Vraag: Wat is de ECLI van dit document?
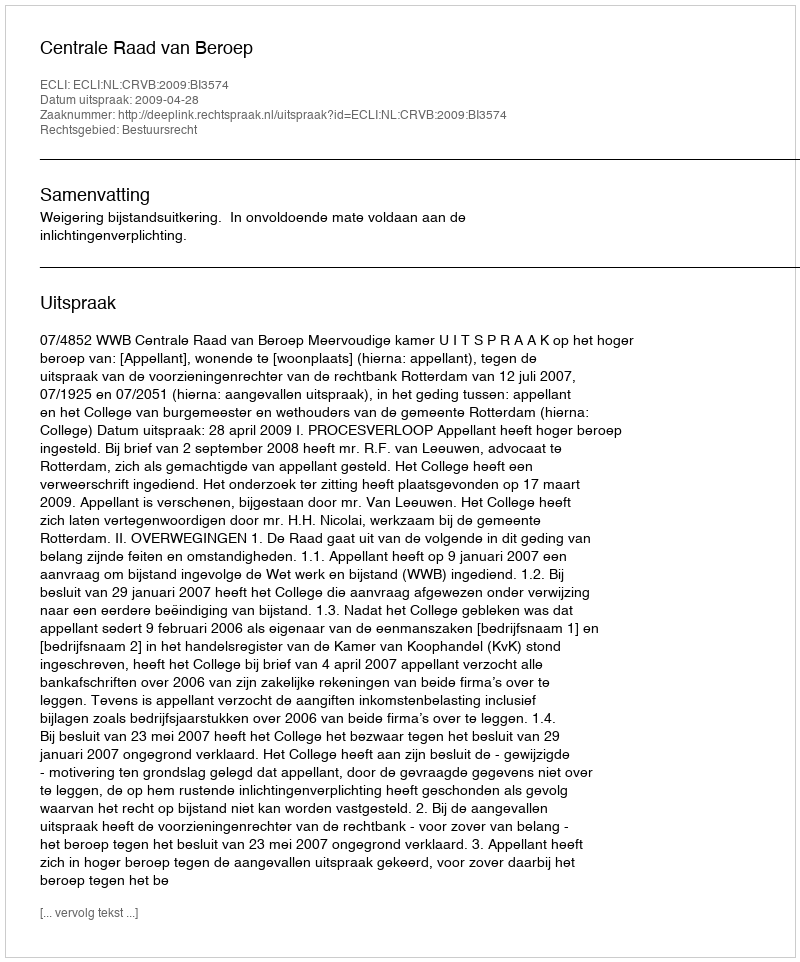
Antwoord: ECLI:NL:CRVB:2009:BI3574